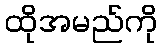
ထိုအမည်ကို